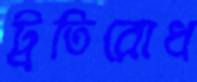
ট্রতিরোধ